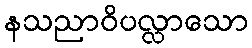
နသညာဝိပလ္လာသော